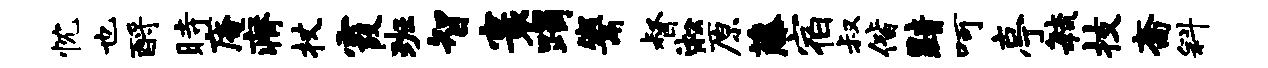
忱也酹时庵瘠杖霞班智寰躅鬻督淞原藤宿叔偕黯呵亭敏技斋斜